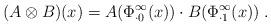
LaTeX: \begin{align*}(A\otimes B)(x)= A(\Phi_{\cdot 0}^\infty(x))\cdot B(\Phi_{\cdot 1}^\infty(x))\;.\end{align*}